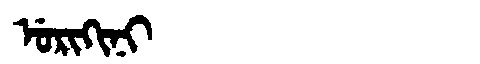
Manchu: ᡠᡵᡳᡴᡳᠨᡳ
Romanization: URIKINI